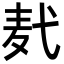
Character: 𪎈